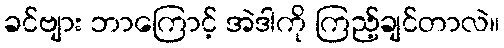
ခင်ဗျား ဘာကြောင့် အဲဒါကို ကြည့်ချင်တာလဲ။